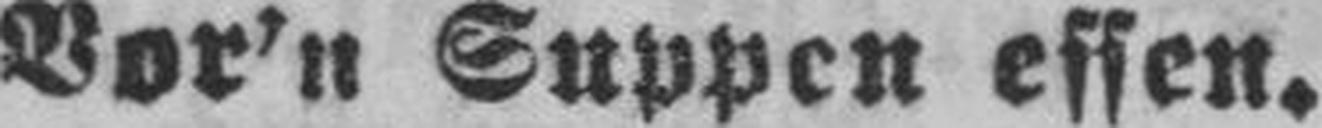
Vor’n Suppen essen.